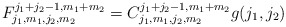
\begin{align*}F_{j_{1},m_{1},j_{2},m_{2}}^{j_{1} + j_{2} -1,m_{1}+m_{2}} =C_{j_{1},m_{1},j_{2},m_{2}}^{j_{1} + j_{2} -1,m_{1}+m_{2}} g(j_{1},j_{2}) \end{align*}